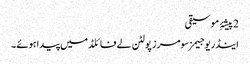
2 پیشۂِ موسیقی
اینڈریو جیمز سومرز پولٹن لے فائلڈ میں پیدا ہوئے۔